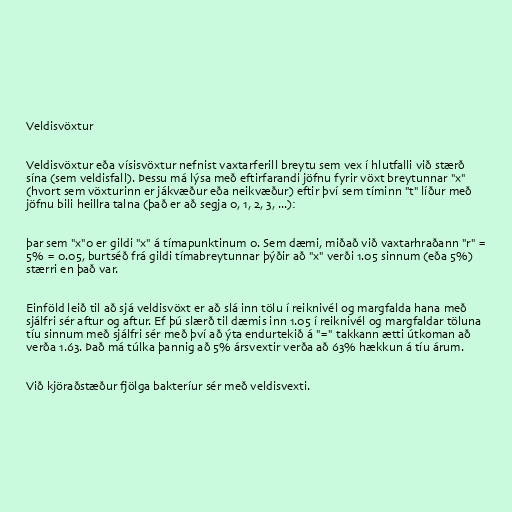
Veldisvöxtur

Veldisvöxtur eða vísisvöxtur nefnist vaxtarferill breytu sem vex í hlutfalli við stærð
sína (sem veldisfall). Þessu má lýsa með eftirfarandi jöfnu fyrir vöxt breytunnar "x"
(hvort sem vöxturinn er jákvæður eða neikvæður) eftir því sem tíminn "t" líður með
jöfnu bili heillra talna (það er að segja 0, 1, 2, 3, ...):

þar sem "x"0 er gildi "x" á tímapunktinum 0. Sem dæmi, miðað við vaxtarhraðann "r" =
5% = 0.05, burtséð frá gildi tímabreytunnar þýðir að "x" verði 1.05 sinnum (eða 5%)
stærri en það var.

Einföld leið til að sjá veldisvöxt er að slá inn tölu í reiknivél og margfalda hana með
sjálfri sér aftur og aftur. Ef þú slærð til dæmis inn 1.05 í reiknivél og margfaldar töluna
tíu sinnum með sjálfri sér með því að ýta endurtekið á "=" takkann ætti útkoman að
verða 1.63. Það má túlka þannig að 5% ársvextir verða að 63% hækkun á tíu árum.

Við kjöraðstæður fjölga bakteríur sér með veldisvexti.